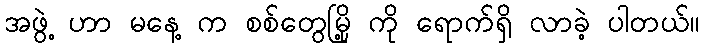
အဖွဲ့ ဟာ မနေ့ က စစ်တွေမြို့ ကို ရောက်ရှိ လာခဲ့ ပါတယ်။